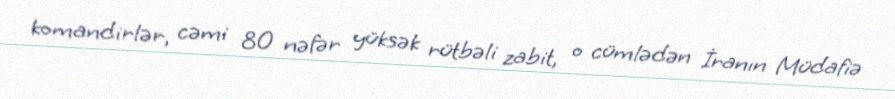
komandirlər, cəmi 80 nəfər yüksək rütbəli zabit, o cümlədən İranın Müdafiə